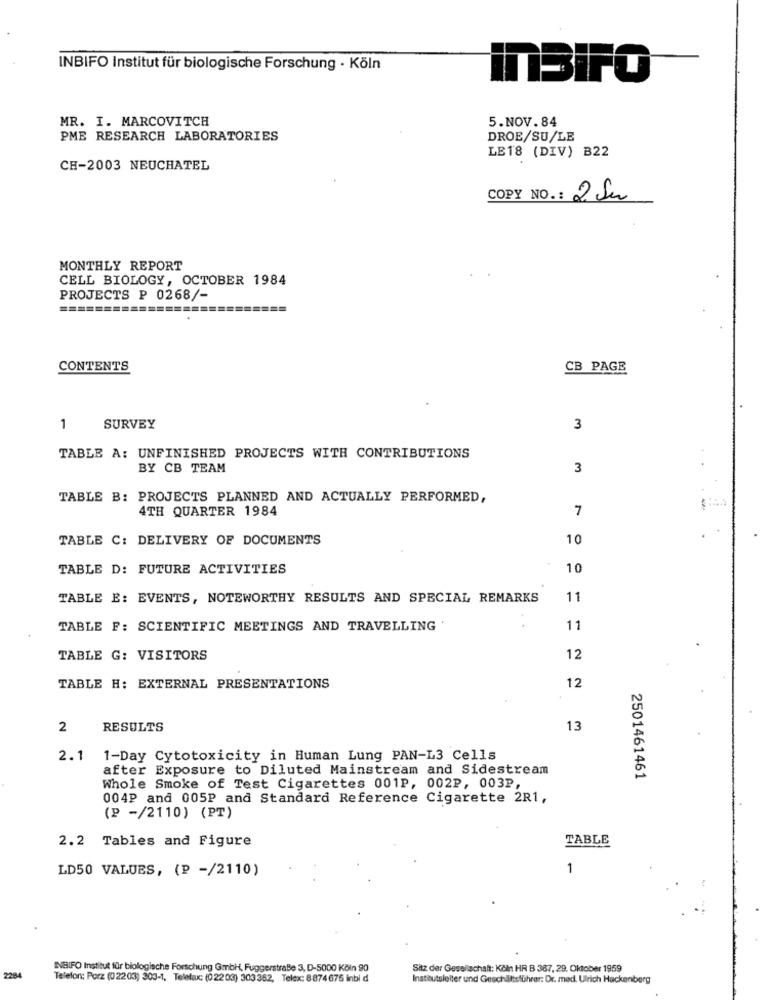
INBIFO Institut für biologische Forschung · Köln
inBIFO
MR. I. MARCOVITCH
5.NOV.84
PME RESEARCH LABORATORIES
DROE/SU/LE
LE18 (DIV) B22
CH-2003 NEUCHATEL
COPY NO .:
2 Sur
MONTHLY REPORT
CELL BIOLOGY, OCTOBER 1984
PROJECTS P 0268/-
CONTENTS
CB PAGE
1
SURVEY
3
TABLE A: UNFINISHED PROJECTS WITH CONTRIBUTIONS
BY CB TEAM
3
TABLE B: PROJECTS PLANNED AND ACTUALLY PERFORMED,
4TH QUARTER 1984
7
TABLE C: DELIVERY OF DOCUMENTS
10
TABLE D: FUTURE ACTIVITIES
10
TABLE E: EVENTS, NOTEWORTHY RESULTS AND SPECIAL REMARKS
11
TABLE F: SCIENTIFIC MEETINGS AND TRAVELLING .
11
TABLE G: VISITORS
12
12
TABLE H: EXTERNAL PRESENTATIONS
2
RESULTS
13
2.1
1-Day Cytotoxicity in Human Lung PAN-L3 Cells
after Exposure to Diluted Mainstream and Sidestream
2501461461
Whole Smoke of Test Cigarettes 001P, 002₽, 003P,
004P and 005P and Standard Reference Cigarette 2R1,
(P -/2110) (PT)
2.2 Tables and Figure
TABLE
LD50 VALUES, (P -/2110)
1
INBIFO Institut für biologische Forschung GmbH, Fuggerstraße 3, D-5000 Köln 90
Sitz der Gesellschaft: Köln HR B 387, 29. Oktober 1959
2284
Telefon: Porz (02203) 303-1, Telefax: (022 03) 303 362, Telex: 8874 675 Inbi d
Institutoleiter und Geschäftsführer: Dr. med. Ulrich Hackenberg